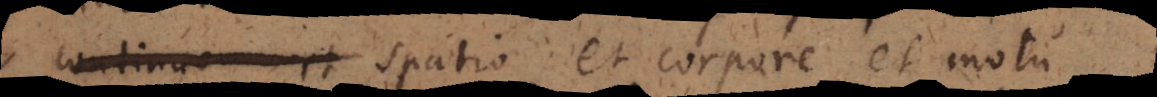
continuo et spatio et corpore et motu